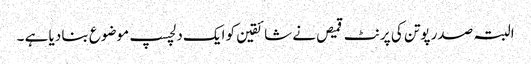
البتہ صدر پوتن کی پرنٹ قمیص نے شائقین کو ایک دلچسپ موضوع بنا دیا ہے ۔